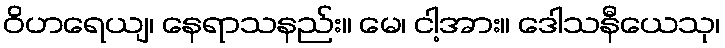
ဝိဟရေယျ၊ နေရာသနည်း။ မေ၊ ငါ့အား။ ဒေါသနီယေသု၊